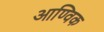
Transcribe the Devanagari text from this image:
आण्‍विक